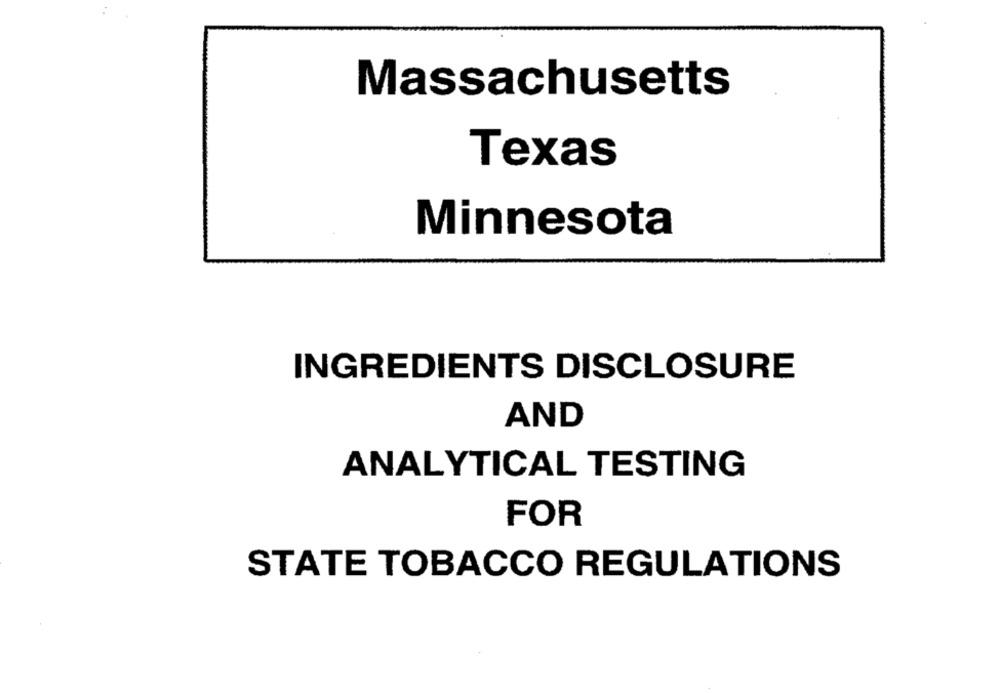
Massachusetts
Texas
Minnesota
INGREDIENTS DISCLOSURE
AND
ANALYTICAL TESTING
FOR
STATE TOBACCO REGULATIONS